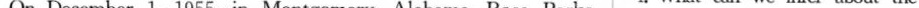
On December 1,1955,in Montgomery, Alabama, Rosa Parks 4. What can we infer about the